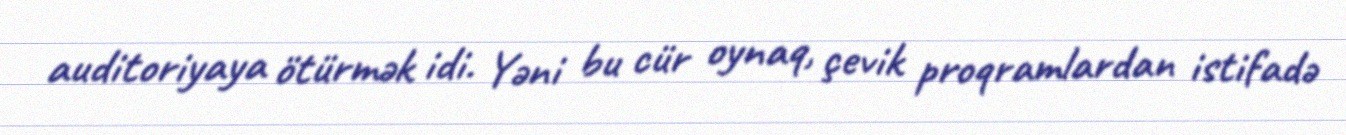
auditoriyaya ötürmək idi. Yəni bu cür oynaq, çevik proqramlardan istifadə